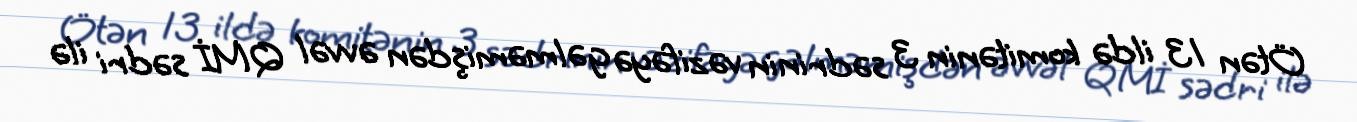
Ötən 13 ildə komitənin 3 sədrinin vəzifəyə gəlməmişdən əvvəl QMİ sədri ilə